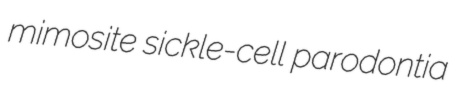
mimosite sickle-cell parodontia